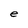
Character: e